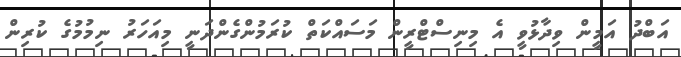
އަބްދު އަމީން ވިދާޅުވީ އެ މިނިސްޓްރީން މަސައްކަތް ކުރަމުންގެންދަނީ މިއަހަރު ނިމުމުގެ ކުރިން